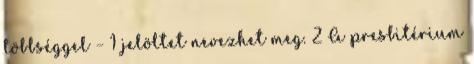
többséggel – 1 jelöltet nevezhet meg. 2 A presbitérium